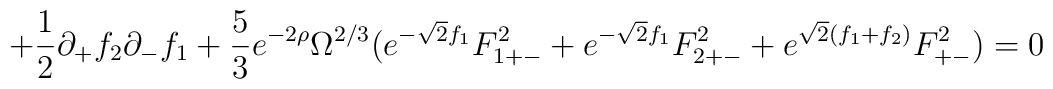
+ \frac{1}{2} \partial_+ f_2 \partial_- f_1 + \frac{5}{3} e^{-2 \rho} \Omega^{2/3} (e^{-\sqrt{2} f_1} F_{1 +-}^2 + e^{-\sqrt{2} f_1} F_{2 +-}^2+ e^{\sqrt{2} ( f_1 + f_2 )} F_{+-}^2 ) = 0